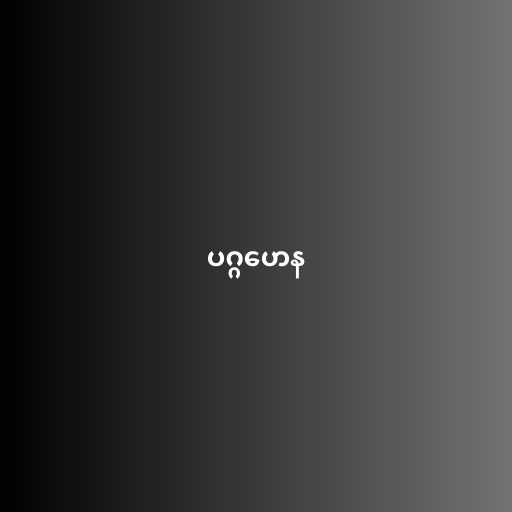
ပဂ္ဂဟေန